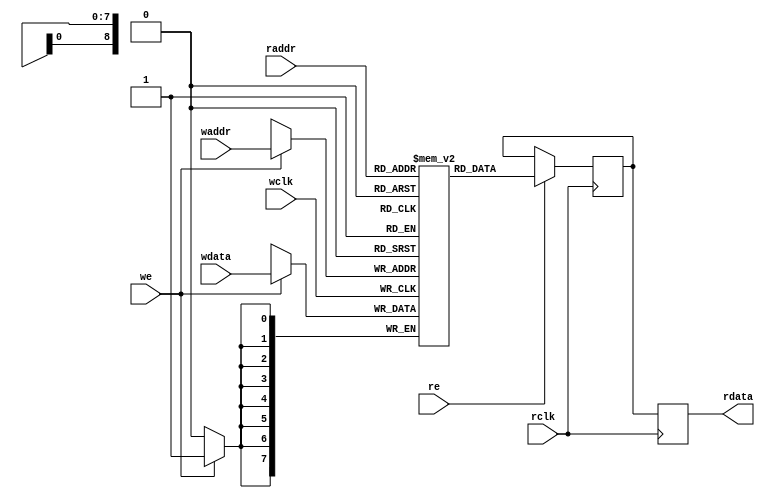
/////////////////////////////////////////////////////////////////////////////
//
// Copyright (C) 2013-2018 Efinix Inc. All rights reserved.
//
// Single RAM block
//
// *******************************
// Revisions:
// 0.0 Initial rev
// 0.1 Added output register
// 1.0 Finalized RTL macro
// *******************************

module simple_dual_port_ram
#(
	parameter DATA_WIDTH	= 8,
	parameter ADDR_WIDTH	= 9,
	parameter OUTPUT_REG	= "TRUE",
	parameter RAM_INIT_FILE	= ""
)
(
	input [(DATA_WIDTH-1):0] wdata,
	input [(ADDR_WIDTH-1):0] waddr, raddr,
	input we, wclk, re, rclk,
	output [(DATA_WIDTH-1):0] rdata
);

	localparam MEMORY_DEPTH = 2**ADDR_WIDTH;
	localparam MAX_DATA = (1<<ADDR_WIDTH)-1;
	
	reg [DATA_WIDTH-1:0] ram[MEMORY_DEPTH-1:0];
	reg [DATA_WIDTH-1:0] r_rdata_1P;
	reg [DATA_WIDTH-1:0] r_rdata_2P;
	
	integer i;
	initial
	begin
	// By default the Efinix memory will initialize to 0
		if (RAM_INIT_FILE != "")
		begin
			$readmemh(RAM_INIT_FILE, ram);
		end
	end
	
	always @ (posedge wclk)
		if (we)
		ram[waddr] <= wdata;
	
	always @ (posedge rclk)
	begin
		if (re)
			r_rdata_1P <= ram[raddr];
		r_rdata_2P <= r_rdata_1P;
	end
	
	generate
		if (OUTPUT_REG == "TRUE")
			assign	rdata = r_rdata_2P;
		else
			assign	rdata = r_rdata_1P;
	endgenerate

endmodule

//////////////////////////////////////////////////////////////////////////////
// Copyright (C) 2013-2019 Efinix Inc. All rights reserved.
//
// This   document  contains  proprietary information  which   is
// protected by  copyright. All rights  are reserved.  This notice
// refers to original work by Efinix, Inc. which may be derivitive
// of other work distributed under license of the authors.  In the
// case of derivative work, nothing in this notice overrides the
// original author's license agreement.  Where applicable, the 
// original license agreement is included in it's original 
// unmodified form immediately below this header.
//
// WARRANTY DISCLAIMER.  
//     THE  DESIGN, CODE, OR INFORMATION ARE PROVIDED AS IS AND 
//     EFINIX MAKES NO WARRANTIES, EXPRESS OR IMPLIED WITH 
//     RESPECT THERETO, AND EXPRESSLY DISCLAIMS ANY IMPLIED WARRANTIES, 
//     INCLUDING, WITHOUT LIMITATION, THE IMPLIED WARRANTIES OF 
//     MERCHANTABILITY, NON-INFRINGEMENT AND FITNESS FOR A PARTICULAR 
//     PURPOSE.  SOME STATES DO NOT ALLOW EXCLUSIONS OF AN IMPLIED 
//     WARRANTY, SO THIS DISCLAIMER MAY NOT APPLY TO LICENSEE.
//
// LIMITATION OF LIABILITY.  
//     NOTWITHSTANDING ANYTHING TO THE CONTRARY, EXCEPT FOR BODILY 
//     INJURY, EFINIX SHALL NOT BE LIABLE WITH RESPECT TO ANY SUBJECT 
//     MATTER OF THIS AGREEMENT UNDER TORT, CONTRACT, STRICT LIABILITY 
//     OR ANY OTHER LEGAL OR EQUITABLE THEORY (I) FOR ANY INDIRECT, 
//     SPECIAL, INCIDENTAL, EXEMPLARY OR CONSEQUENTIAL DAMAGES OF ANY 
//     CHARACTER INCLUDING, WITHOUT LIMITATION, DAMAGES FOR LOSS OF 
//     GOODWILL, DATA OR PROFIT, WORK STOPPAGE, OR COMPUTER FAILURE OR 
//     MALFUNCTION, OR IN ANY EVENT (II) FOR ANY AMOUNT IN EXCESS, IN 
//     THE AGGREGATE, OF THE FEE PAID BY LICENSEE TO EFINIX HEREUNDER 
//     (OR, IF THE FEE HAS BEEN WAIVED, $100), EVEN IF EFINIX SHALL HAVE 
//     BEEN INFORMED OF THE POSSIBILITY OF SUCH DAMAGES.  SOME STATES DO 
//     NOT ALLOW THE EXCLUSION OR LIMITATION OF INCIDENTAL OR 
//     CONSEQUENTIAL DAMAGES, SO THIS LIMITATION AND EXCLUSION MAY NOT 
//     APPLY TO LICENSEE.
//
/////////////////////////////////////////////////////////////////////////////